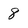
Character: 8